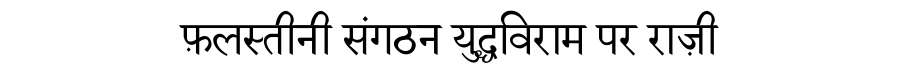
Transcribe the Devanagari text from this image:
फ़लस्तीनी संगठन युद्धविराम पर राज़ी